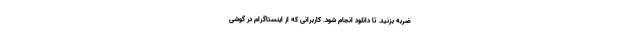
ضربه بزنید. تا دانلود انجام شود. کاربرانی که از اینستاگرام در گوشی